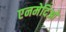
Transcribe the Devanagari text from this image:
एनमेदिओ